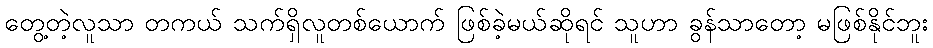
တွေ့တဲ့လူသာ တကယ် သက်ရှိလူတစ်ယောက် ဖြစ်ခဲ့မယ်ဆိုရင် သူဟာ ခွန်သာတော့ မဖြစ်နိုင်ဘူး